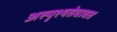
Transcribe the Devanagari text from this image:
अस्पृश्यतेबाबत